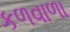
કળવાળા